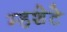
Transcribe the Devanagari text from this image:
म्हशेटे